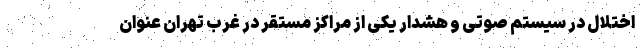
اختلال در سیستم صوتی و هشدار یکی از مراکز مستقر در غرب تهران عنوان